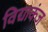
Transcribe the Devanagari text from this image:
विद्याकंज